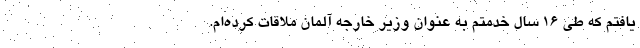
یافتم که طی ۱۶ سال خدمتم به عنوان وزیر خارجه آلمان ملاقات کرده‌ام.